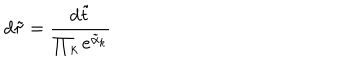
d \tilde { \tau } = { \frac { d \tilde { t } } { \prod _ { k } e ^ { \tilde { \alpha } _ { k } } } }